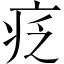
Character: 疺